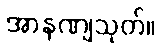
အာနဏျသုတ်။